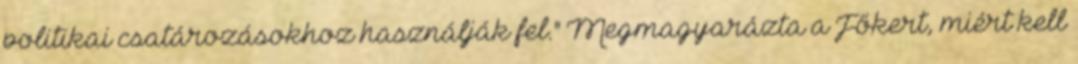
politikai csatározásokhoz használják fel." Megmagyarázta a Főkert, miért kell